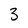
Character: 3